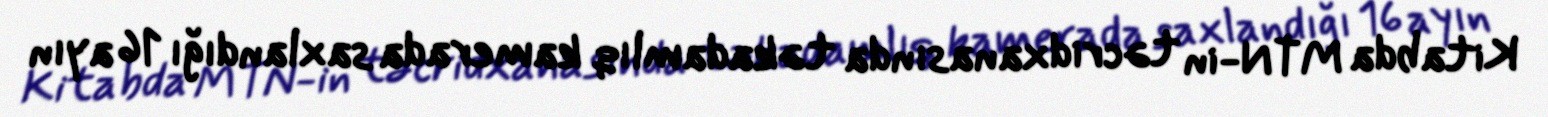
Kitabda MTN-in təcridxanasında təkadamlıq kamerada saxlandığı 16 ayın